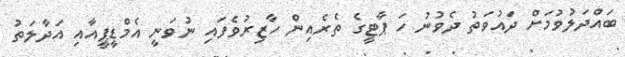
ބައްދަލުވުމަށް ދައުވަތު ދެވުނު ހަ ޕާޓީގެ ތެރެއިން ހާޒިރުވެފައި ނުވަނީ އެމްޑީޕީއާއި އަދާލަތު